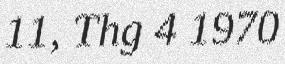
11, Thg 4 1970